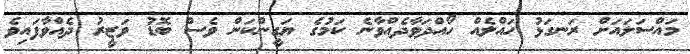
މައްސަލައަށް ރަނގަޅު ހައްލެއް ހޯއްދަވާދެއްވާނެ ކަމުގެ ޔަގީންކަން ވެސް ބޮޑު ވަޒީރު ދެއްވާފައިވެ